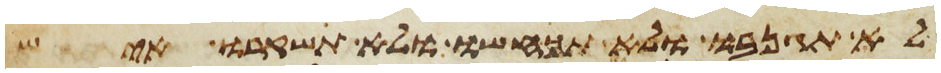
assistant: לא תגנבו ולא תכחשו ולא תשקרו איש